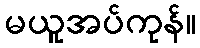
မယူအပ်ကုန်။